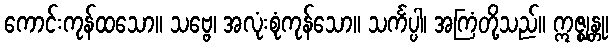
ကောင်းကုန်ထသော။ သဗ္ဗေ၊ အလုံးစုံကုန်သော။ သင်္ကပ္ပါ၊ အကြံတို့သည်။ ဣဇ္ဈန္တု၊